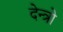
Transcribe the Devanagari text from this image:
देन्त्रो